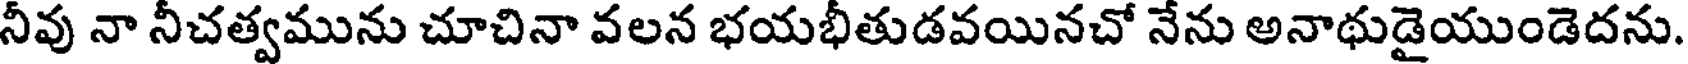
నీవు నా నీచత్వమును చూచినా వలన భయభీతుడవయినచో నేను అనాథుడైయుండెదను.